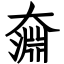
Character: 奫